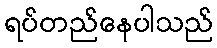
ရပ်တည်နေပါသည်